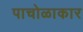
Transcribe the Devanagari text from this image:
पाचोळाकार